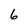
Character: 6